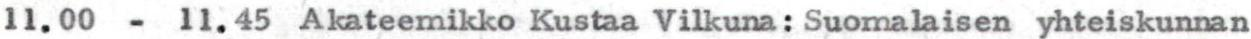
11.00 - 11.45 Akateemikko Kustaa Vilkuna: Suomalaisen yhteiskunnan